Vaccination report Assam 1874-1896 - 1874-1896
Year: 1874
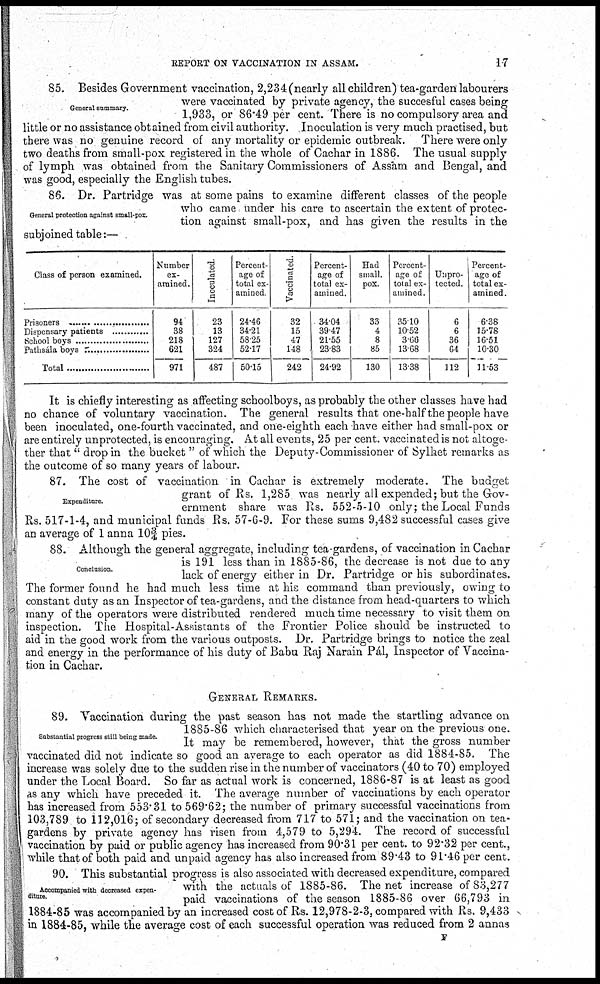
REPORT ON VACCINATION IN ASSAM.
17
General summary.
85. Besides Government vaccination, 2,234 (nearly all children) tea-garden labourers
were vaccinated by private agency, the succesful cases being
1,933, or 86.49 per cent. There is no compulsory area and
little or no assistance obtained from civil authority. Inoculation is very much practised, but
there was no genuine record of any mortality or epidemic outbreak. There were only
two deaths from small-pox registered in the whole of Cachar in 1886. The usual supply
of lymph was obtained from the Sanitary Commissioners of Assam and Bengal, and
was good, especially the English tubes.
General protection against small-pox.
86. Dr. Partridge was at some pains to examine different classes of the people
who came under his care to ascertain the extent of protec-
tion against small-pox, and has given the results in the
subjoined table:—
Class of person examined.
Prisoners..........................
Dispensary patients..........................
School boys..........................
Pathsála boys..........................
Total..........................
Number
ex-
amined.
94
38
218
621
971
Inoculated.
23
13
127
324
487
Percent-
age of
total ex-
amined
24.46
34.21
58.25
52.17
50.15
Vaccinated.
32
15
47
148
242
Percent-
age of
total ex-
amined.
34.04
39.47
21.55
23.83
24.92
Had
small.
pox.
33
4
8
85
130
Percent-
age of
total ex-
amined.
35.10
10.52
3.66
13.68
13.38
Unpro-
tected.
6
6
36
64
112
Percent-
age of
total ex-
amined.
6.38
15.78
16.51
10.30
11.53
It is chiefly interesting as affecting schoolboys, as probably the other classes have had
no chance of voluntary vaccination. The general results that one-half the people have
been inoculated, one-fourth vaccinated, and one-eighth each have either had small-pox or
are entirely unprotected, is encouraging. At all events, 25 per cent. vaccinated is not altoge-
ther that " drop in the bucket " of which the Deputy-Commissioner of Sylhet remarks as
the outcome of so many years of labour.
Expenditure.
87. The cost of vaccination in Cachar is extremely moderate. The budget
grant of Rs. 1,285 was nearly all expended; but the Gov-
ernment share was Rs. 552-5-10 only; the Local Funds
Rs. 517-1-4, and municipal funds Rs. 57-6-9. For these sums 9,482 successful cases give
an average of 1 anna 10¾ pies.
Conclusion.
88. Although the general aggregate, including tea-gardens, of vaccination in Cachar
is 191 less than in 1885-86, the decrease is not due to any
lack of energy either in Dr. Partridge or his subordinates.
The former found he had much less time at his command than previously, owing to
constant duty as an Inspector of tea-gardens, and the distance from head-quarters to which
many of the operators were distributed rendered much time necessary to visit them on
inspection. The Hospital-Assistants of the Frontier Police should be instructed to
aid in the good work from the various outposts. Dr. Partridge brings to notice the zeal
and energy in the performance of his duty of Babu Raj Narain Pál, Inspector of Vaccina-
tion in Cachar.
Substantial progress still being made.
GENERAL REMARKS.
89. Vaccination during the past season has not made the startling advance on
1885-86 which characterised that year on the previous one.
It may be remembered, however, that the gross number
vaccinated did not indicate so good an average to each operator as did 1884-85. The
increase was solely due to the sudden rise in the number of vaccinators (40 to 70) employed
under the Local Board. So far as actual work is concerned, 1886-87 is at least as good
as any which have preceded it. The average number of vaccinations by each operator
has increased from 553.31 to 569.62; the number of primary successful vaccinations from
103,789 to 112,016; of secondary decreased from 717 to 571; and the vaccination on tea-
gardens by private agency has risen from 4,579 to 5,294. The record of successful
vaccination by paid or public agency has increased from 90.31 per cent. to 92.32 per cent.,
while that of both paid and unpaid agency has also increased from 89.43 to 91.46 per cent.
Accompamed with decreased expen-
diture.
90. This substantial progress is also associated with decreased expenditure, compared
with the actuals of 1885-86. The net increase of 83,277
paid vaccinations of the season 1885-86 over 66,793 in
1884-85 was accompanied by an increased cost of Rs. 12,978-2-3, compared with Rs. 9,433
in 1884-85, while the average cost of each successful operation was reduced from 2 annas
F